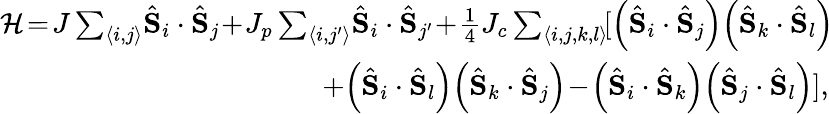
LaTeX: \begin{array}{r}{\mathcal{H}\! =\! J\sum_{\langle i,j\rangle}\! \hat{\mathbf{S}}_{i}\cdot\hat{\mathbf{S}}_{j}\! +\! J_{p}\sum_{\langle i,j^{\prime}\rangle}\! \hat{\mathbf{S}}_{i}\cdot\hat{\mathbf{S}}_{j^{\prime}}\! +\! \frac{1}{4}J_{c}\sum_{\langle i,j,k,l\rangle}\! [\left(\hat{\mathbf{S}}_{i}\cdot\hat{\mathbf{S}}_{j}\right)\! \left(\hat{\mathbf{S}}_{k}\cdot\hat{\mathbf{S}}_{l}\right)\! }\\ {+\! \left(\hat{\mathbf{S}}_{i}\cdot\hat{\mathbf{S}}_{l}\right)\! \left(\hat{\mathbf{S}}_{k}\cdot\hat{\mathbf{S}}_{j}\right)\! -\! \left(\hat{\mathbf{S}}_{i}\cdot\hat{\mathbf{S}}_{k}\right)\! \left(\hat{\mathbf{S}}_{j}\cdot\hat{\mathbf{S}}_{l}\right)],}\end{array}